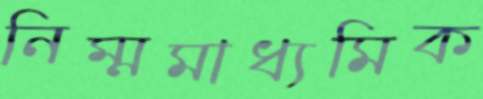
নিম্মমাধ্যমিক